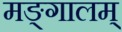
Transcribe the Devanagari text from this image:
मङ्गालम्